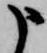
申